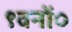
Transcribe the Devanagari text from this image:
९वनों०